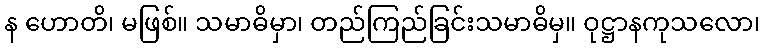
န ဟောတိ၊ မဖြစ်။ သမာဓိမှာ၊ တည်ကြည်ခြင်းသမာဓိမှ။ ဝုဋ္ဌာနကုသလော၊